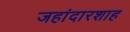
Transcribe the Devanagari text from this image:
जहांदारशाह